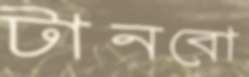
টানবো